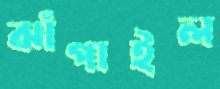
ঝাঁপাইল